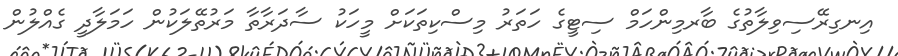
އިނގިރޭސިވިލާތުގެ ބާރމިންހަމް ސިޓީގެ ހަތަރު މިސްކިތަކަށް މީހަކު ސާދަރާތާ މަރުތޭލަކުން ހަމަލާދީ ގެއްލުން